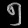
Digit: ၅